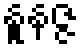
နူနဇ္ဇ